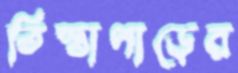
তিস্তাপাড়ের